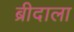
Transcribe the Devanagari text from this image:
ब्रीदाला